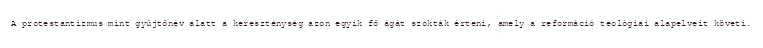
A protestantizmus mint gyűjtőnév alatt a kereszténység azon egyik fő ágát szokták érteni, amely a reformáció teológiai alapelveit követi.